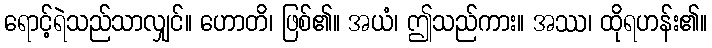
ရောင့်ရဲသည်သာလျှင်။ ဟောတိ၊ ဖြစ်၏။ အယံ၊ ဤသည်ကား။ အဿ၊ ထိုရဟန်း၏။